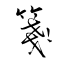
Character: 箋